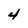
Character: 4